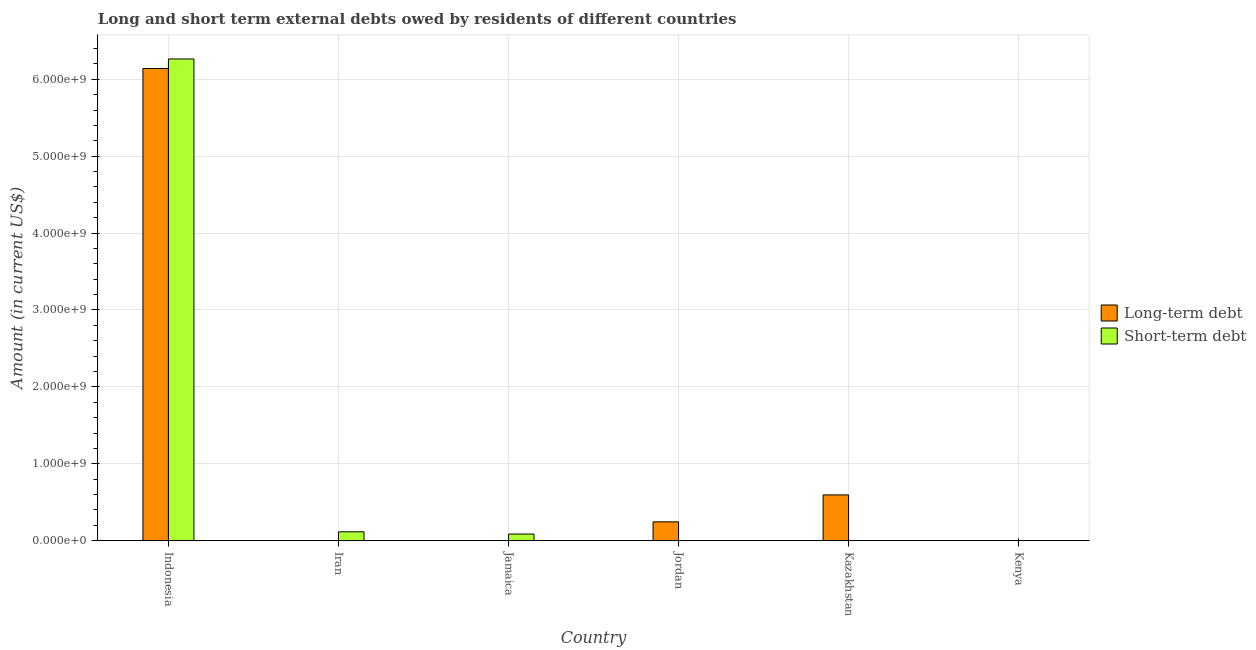
| Country | Long-term debt | Short-term debt |
 | --- | --- | --- |
 | Indonesia | 6.14e+09 | 6.26e+09 |
 | Iran | -4.13e+09 | 1.16e+08 |
 | Jamaica | -1.46e+08 | 8.66e+07 |
 | Jordan | 2.45e+08 | -2.02e+08 |
 | Kazakhstan | 5.96e+08 | 1.55e+06 |
 | Kenya | -1.36e+08 | -8.43e+07 |